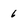
Character: 6